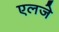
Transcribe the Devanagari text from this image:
एलजे